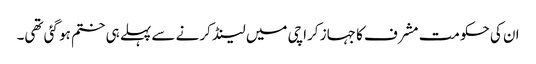
ان کی حکومت مشرف کا جہاز کراچی میں لینڈ کرنے سے پہلے ہی ختم ہو گئی تھی۔